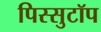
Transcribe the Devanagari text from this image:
पिस्सुटॉप